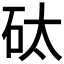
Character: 𱳪